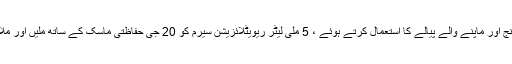
سیرینج اور ماپنے والے پیالے کا استعمال کرتے ہوئے ، 5 ملی لیٹر ریویٹلائزیشن سیرم کو 20 جی حفاظتی ماسک کے ساتھ ملیں اور ملا دیں۔